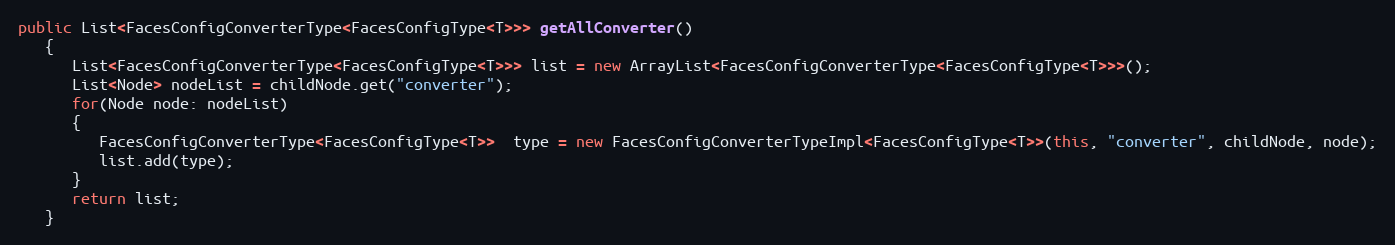
Language: Java
public List<FacesConfigConverterType<FacesConfigType<T>>> getAllConverter()
   {
      List<FacesConfigConverterType<FacesConfigType<T>>> list = new ArrayList<FacesConfigConverterType<FacesConfigType<T>>>();
      List<Node> nodeList = childNode.get("converter");
      for(Node node: nodeList)
      {
         FacesConfigConverterType<FacesConfigType<T>>  type = new FacesConfigConverterTypeImpl<FacesConfigType<T>>(this, "converter", childNode, node);
         list.add(type);
      }
      return list;
   }